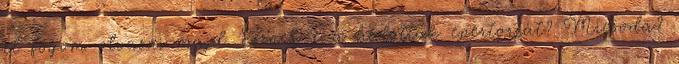
el fogom olvasni majd. Esznek-e a halottak epertortát? Micsoda?